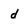
Character: d